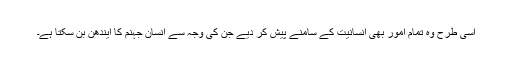
اسی طرح وہ تمام امور بھی انسانیت کے سامنے پیش کر دیے جن کی وجہ سے انسان جہنم کا ایندھن بن سکتا ہے۔